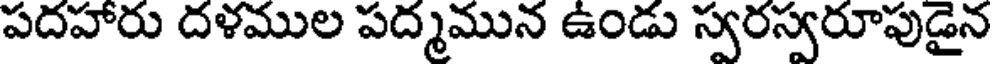
పదహారు దళముల పద్మమున ఉండు స్వరస్వరూపుడైన